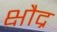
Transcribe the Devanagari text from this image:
क्षौद्र